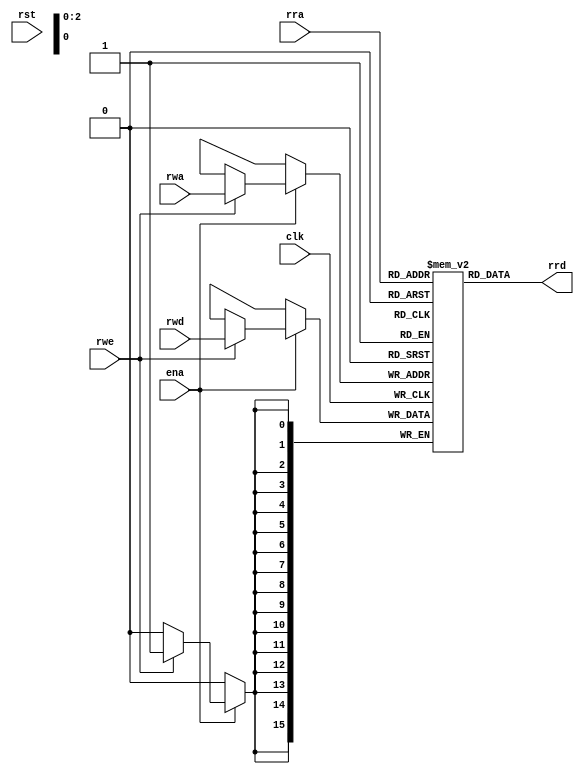
module dcpu16_regs (/*AUTOARG*/
   // Outputs
   rrd,
   // Inputs
   rwd, rra, rwa, rwe, rst, ena, clk
   );

   output [15:0] rrd; // read data
   input [15:0]  rwd; // write data
   input [2:0] 	 rra, // read address
		 rwa; // write address   
   input 	 rwe; // write-enable
   
   input 	 rst,
		 ena,
		 clk;      
   
   reg [15:0] 	 file [0:7]; // A, B, C, X, Y, Z, I, J

   reg [2:0] 	 r;

   assign rrd = file[rra];   
   
   always @(posedge clk)
     if (ena) begin
	r <= rra;	
	
	if (rwe) begin
	   file[rwa] <= rwd;	
	end
     end
        
endmodule